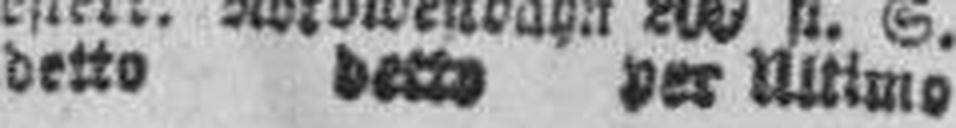
detto detto per Ultimo